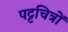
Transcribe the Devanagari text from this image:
पट्टचित्रों